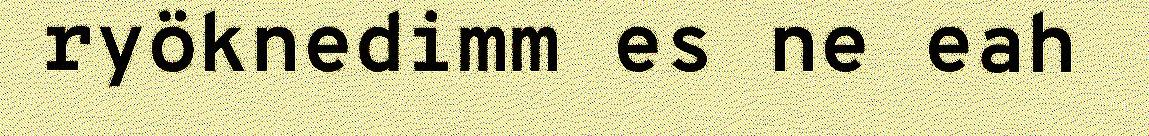
ryöknedimm es ne eah